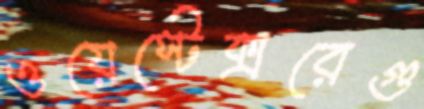
ওয়েস্টেক্সরেগু